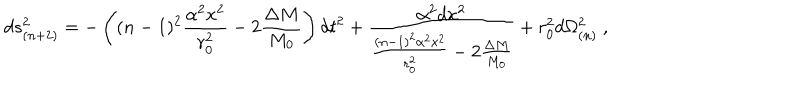
LaTeX: d s _ { ( n + 2 ) } ^ { 2 } = - \left( ( n - 1 ) ^ { 2 } \frac { \alpha ^ { 2 } x ^ { 2 } } { r _ { 0 } ^ { 2 } } - 2 \frac { \Delta M } { M _ { 0 } } \right) d t ^ { 2 } + \frac { \alpha ^ { 2 } d x ^ { 2 } } { \frac { ( n - 1 ) ^ { 2 } \alpha ^ { 2 } x ^ { 2 } } { r _ { 0 } ^ { 2 } } - 2 \frac { \Delta M } { M _ { 0 } } } + r _ { 0 } ^ { 2 } d \Omega _ { ( n ) } ^ { 2 } \ ,